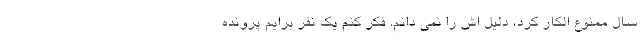
سال ممنوع الکار کرد، دلیل اش را نمی دانم. فکر کنم یک نفر برایم پرونده